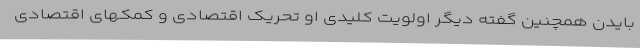
بایدن همچنین گفته دیگر اولویت کلیدی او تحریک اقتصادی و کمکهای اقتصادی